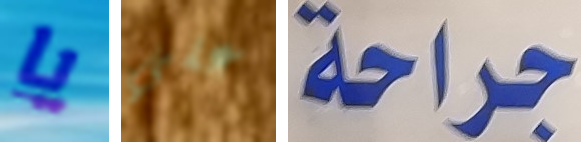
يا علي جراحة